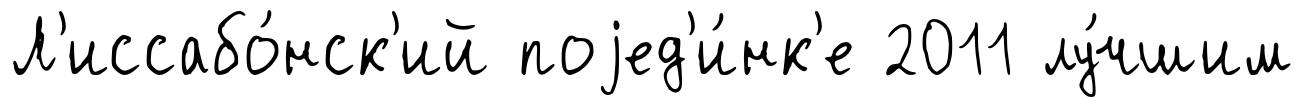
Л'иссабо́нск'ий поjед'и́нк'е 2011 лу́чшим